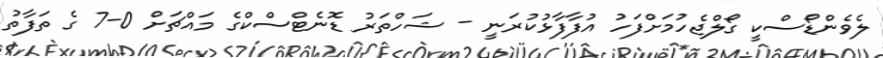
ލެވެންޑޯސްކީ ގޯލްޖެހުމަށްފަހު އުފާފާޅުކުރަނީ - ޝަހްތަރު ޑޮނެޓްސްކްގެ މައްޗަށް 0-7 ގެ ތަފާތު